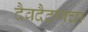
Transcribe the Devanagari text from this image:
दैवदैठणचा